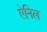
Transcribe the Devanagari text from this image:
ऐनिल